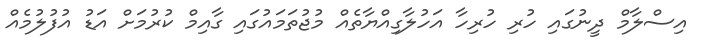
އިސްލާމް ދީނުގައި ހުރި ހުރިހާ އަހުލާގިއްޔާތެއް މުޖުތަމައުގައި ގާއިމް ކުރުމަށް އަޑު އުފުލުމެއް